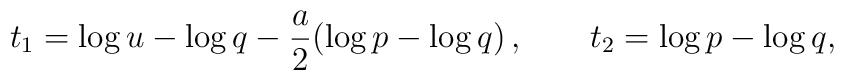
t_1=\log u-\log q-\frac{a}{2}(\log p-\log q)\,,\qquad  t_2=\log p-\log q,